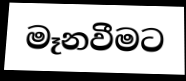
මෑනවීමට